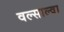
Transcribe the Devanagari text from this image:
वल्साल्वा